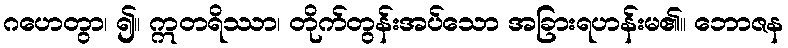
ဂဟေတွာ၊ ၍။ ဣတရိဿာ၊ တိုက်တွန်းအပ်သော အခြားရဟန်းမ၏။ ဘောဇန